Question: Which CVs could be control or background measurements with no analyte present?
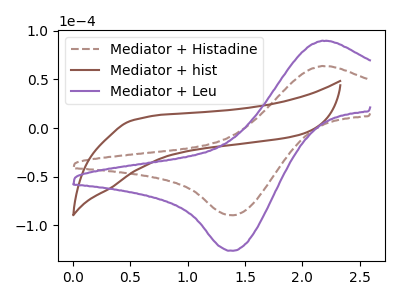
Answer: <think>The brown dashed curve "Mediator + Histadine" has an anodic peak at (2.15V, 63.80uA) and a cathodic peak at (1.40V, -89.60uA). The brown curve "Mediator + hist" has no peaks. The purple curve "Mediator + Leu" has an anodic peak at (2.15V, 89.75uA) and a cathodic peak at (1.40V, -126.10uA).</think>
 <answer>"Mediator + hist" is likely to be a blank.</answer>
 <eval>Mediator + hist</eval>